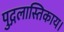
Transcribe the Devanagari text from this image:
पुद्गलास्तिकाय।